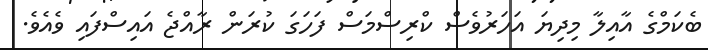
ބެކަމްގެ އާއިލާ މިދިޔަ އަހަރުވެސް ކްރިސްމަސް ފަހަގަ ކުރަން ރާއްޖެ އައިސްފައި ވެއެވެ.